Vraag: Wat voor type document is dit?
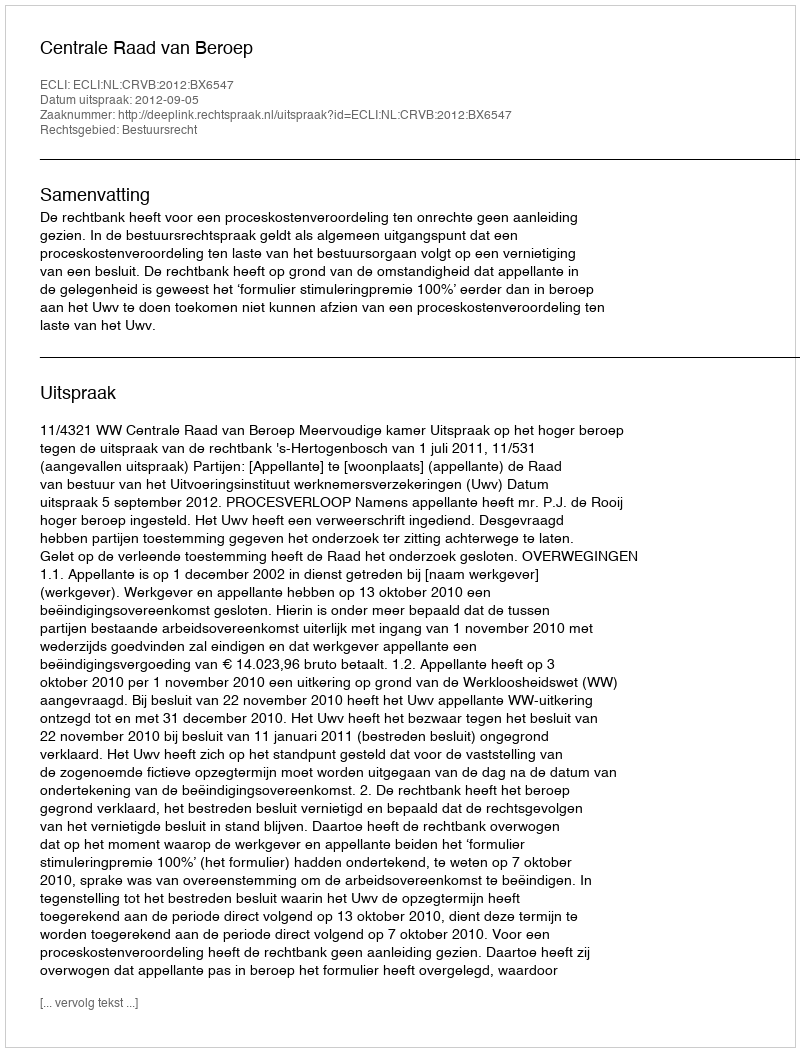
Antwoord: Uitspraak